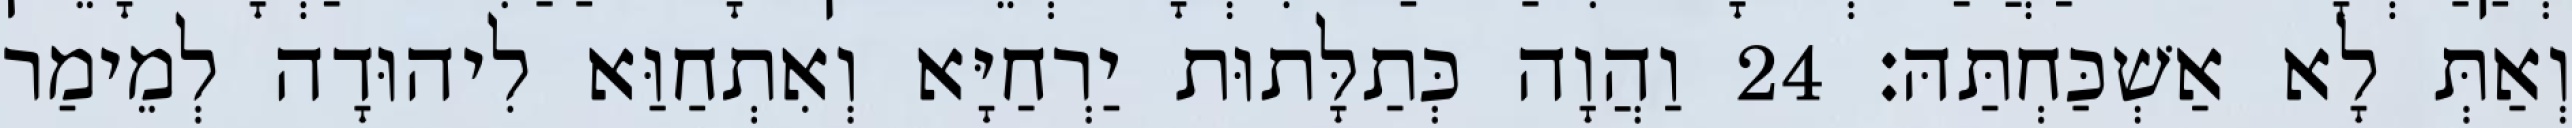
וְאַתְּ לָא אַשְׁכַּחְתַּהּ׃ 24 וַהֲוָה כְּתַלָּתוּת יַרְחַיָּא וְאִתְחַוַּא לִיהוּדָה לְמֵימַר